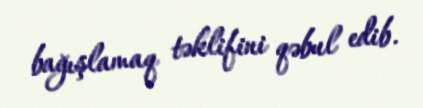
bağışlamaq təklifini qəbul edib.